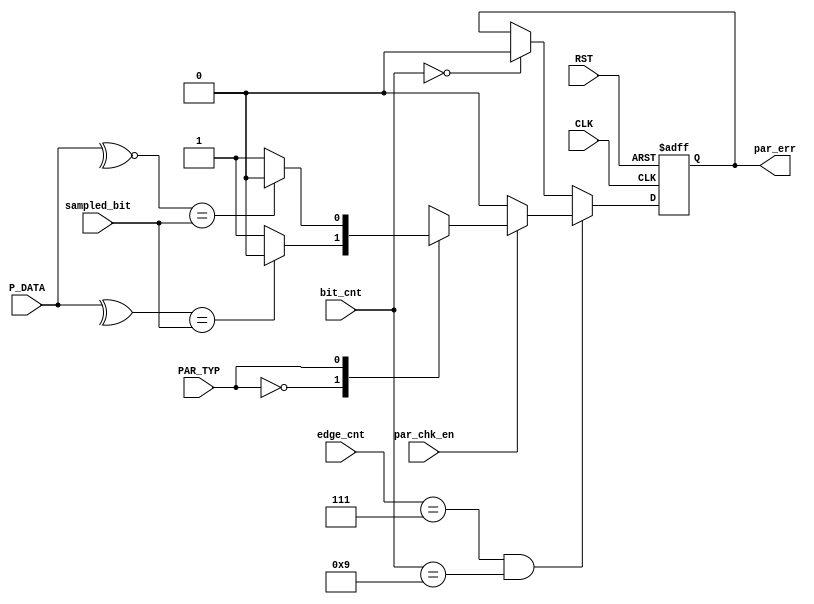
module Parity_Check (
    input wire par_chk_en, PAR_TYP, sampled_bit,
    input wire [7:0]    P_DATA,
    input wire [2:0]    edge_cnt,
    input wire [3:0]    bit_cnt,
    input wire CLK, RST,
    output reg par_err
);

reg check, par_err_c;


//parity_typ = 0 for even
//parity_typ = 1 for odd


always @(*) 
begin
    if(par_chk_en)
    begin
        case (PAR_TYP)
            1'b0:
            begin
                check = ^P_DATA;
                par_err_c = (check == sampled_bit)?1'b0:1'b1;
            end 
            1'b1:
            begin
                check = ~^P_DATA;
                par_err_c = (check == sampled_bit)?1'b0:1'b1;
            end
            default: par_err_c = 1'b0;
        endcase
    end    
    else
    begin
        par_err_c = 1'b0;
    end
end

always @(posedge CLK or negedge RST) 
begin
    if (!RST) 
    begin
            par_err <= 1'b0;
    end
    else if((edge_cnt == 3'b111) && (bit_cnt == 4'b1001))
    begin
        par_err <= par_err_c;
    end
    else if (bit_cnt == 4'b0000)
    begin
        par_err <= 1'b0;
    end
end
endmodule